Annual administration and progress report of the Indian Medical Department, Bombay
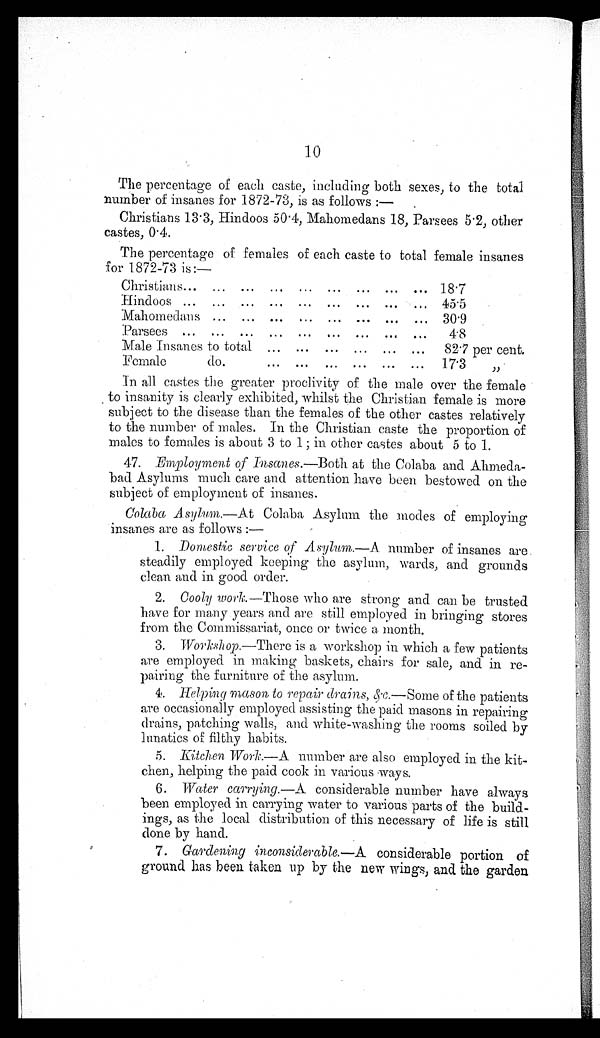
10
The percentage of each caste, including both sexes, to the total
number of insanes for 1872-73, is as follows :
—
Christians 13.3, Hindoos 50.4, Mahomedans 18, Parsees 5.2, other
castes, 0.4.
The percentage of females of each caste to total female insanes
for 1872-73 is:—
Christians
18.7
Hindoos
45.5
Mahomedans
30.9
Parsees
4.8
Male Insanes to total
82.7 per cent.
Female
do.
17.3 "
In all castes the greater proclivity of the male over the female
to insanity is clearly exhibited, whilst the Christian female is more
subject to the disease than the females of the other castes relatively
to the number of males. In the Christian caste the proportion of
males to females is about, 3 to 1; in other castes about 5 to 1.
47. Employment of Insanes.—Both at the Colaba and Ahmeda
- b a d . A s y l u m s m u c h c a r e a n d a t t e n t i o n h a v e b e e n b e s t o w e d o n t h e
subject of employment of insanes.
Colaba Asylum.—At Colaba Asylum the modes of employing
insanes are as follows
:—
1. Domestic service of Asylum.—A number of insanes are
steadily employed keeping the asylum, wards, and grounds
clean and in good order.
2 .
C o o l y
w o r k . —
T h o s e w h o a r e s t r o n g a n d c a n b e t r u s t e d
have for many years and are still employed in bringing stores
from the Commissariat, once or twice a. month.
3 .
W o r k s h o p . —
T h e r e i s a w o r k s h o p i n w h i c h a f e w p a t i e n t s
are employed in making baskets, chairs for sale, and in re-
- p a i r i n g t h e f u r n i t u r e o f t h e a s y l u m .
4 .
H e l p i n g m a s o n t o r e p a i r d r a i n s , & c . —S
o m e
o f t h e p a t i e n t s
are occasionally employed assisting the paid masons in repairing
drains, patching walls, and white-washing the rooms soiled by
lunatics of filthy habits.
5.Kitchen Work.—A number are also employed in the kit-
chen, helping the paid cook in various ways.
6 .
W a t e r
c a r r y i n g . —
A c o n s i d e r a b l e n u m b e r h a v e a l w a y s
been employed in carrying water to various parts of the build--
ings, as the local distribution of this necessary of life is still
d o n e b y h a n d .
7 .
G a r d e n i n g i n c o n s i d e r a b l e . —A
c o n s i d e r a b l e p o r t i o n o f
ground has been taken up by the new wings, and the garden